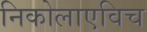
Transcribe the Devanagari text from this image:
निकोलाएविच